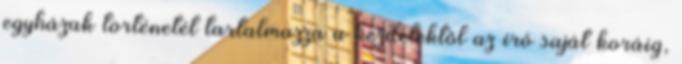
egyházak történetét tartalmazza a kezdetektől az író saját koráig,